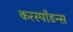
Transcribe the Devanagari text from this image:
करस्पाँडन्स